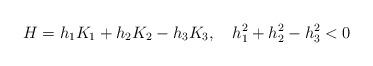
LaTeX: \begin{align*}H=h_1K_1+h_2K_2-h_3K_3,\quad h_1^2+h_2^2-h_3^2 < 0\end{align*}